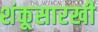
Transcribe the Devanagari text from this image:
शंकूसारखी